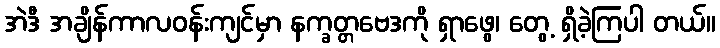
အဲဒီ အချိန်ကာလဝန်းကျင်မှာ နက္ခတ္တဗေဒကို ရှာဖွေ၊ တွေ့ ရှိခဲ့ကြပါ တယ်။